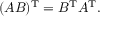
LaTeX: ( A B ) ^ { \mathrm { T } } = B ^ { \mathrm { T } } A ^ { \mathrm { T } } .